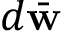
d \bar { \bf w }